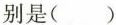
别是( )